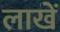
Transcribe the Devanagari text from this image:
लाखें